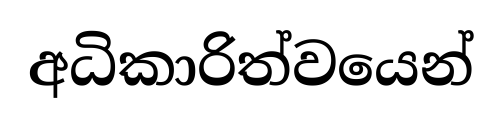
අධිකාරිත්වයෙන්